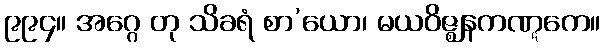
၉၉၄။ အဂ္ဂေ တု သိခရံ စာ’ယော၊ မယဝိဇ္ဈနကဏ္ဋကေ။